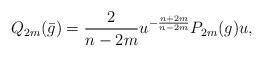
LaTeX: \begin{align*}Q_{2m}({\bar{g}})=\frac{2}{n-2m} u^{-\frac{n+2m}{n-2m}} P_{2m}(g)u,\end{align*}